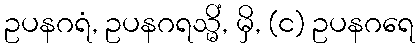
ဥပနဂရံ, ဥပနဂရသ္မိံ, မှိ, (င) ဥပနဂရေ